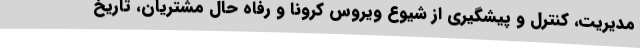
مدیریت، کنترل و پیشگیری از شیوع ویروس کرونا و رفاه حال مشتریان، تاریخ